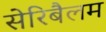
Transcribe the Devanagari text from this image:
सेरिबैलम